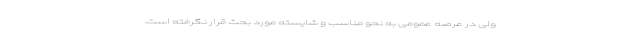
ولی در عرصه عمومی به نحو مناسب و شایسته مورد بحث قرار نگرفته است.